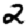
Digit: 2